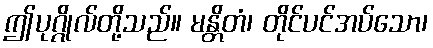
ဤပုဂ္ဂိုလ်တို့သည်။ မန္တိတံ၊ တိုင်ပင်အပ်သော၊